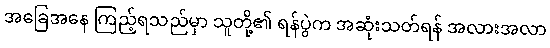
အခြေအနေ ကြည့်ရသည်မှာ သူတို့၏ ရန်ပွဲက အဆုံးသတ်ရန် အလားအလာ